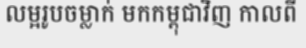
លម្អរូបចម្លាក់ មកកម្ពុជាវិញ កាលពី